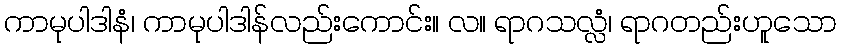
ကာမုပါဒါနံ၊ ကာမုပါဒါန်လည်းကောင်း။ လ။ ရာဂသလ္လံ၊ ရာဂတည်းဟူသော